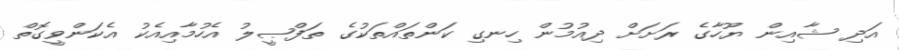
އަދި ޝާއިން ޔޫހާގެ ރަށަށް ދިއުމުން ހިނގި ކަންތައްތަކުގެ ތަފްޞީލު އެހުމާއިއެކު އެކަންވީގޮތް